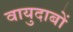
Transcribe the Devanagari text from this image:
वायुदाबों